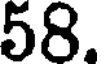
58.